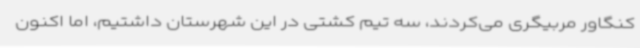
کنگاور مربیگری می‌کردند، سه تیم کشتی در این شهرستان داشتیم، اما اکنون